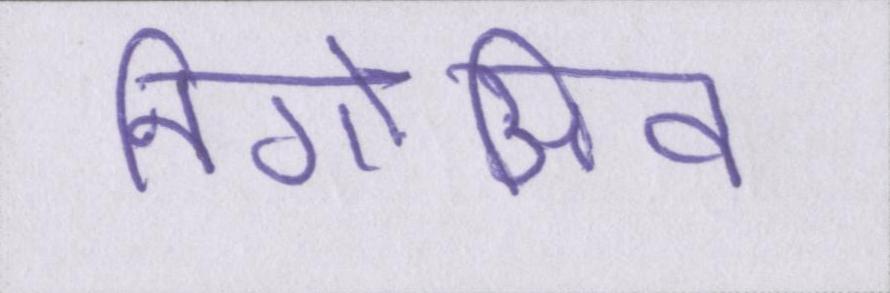
निगेअिव